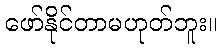
ဖော်နိုင်တာမဟုတ်ဘူး။